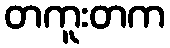
တကူးတက